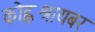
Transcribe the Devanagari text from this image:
कोह्लश्रायबर